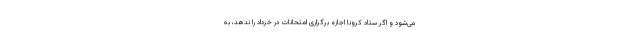
می‌شود و اگر ستاد کرونا اجازه برگزاری امتحانات در خرداد را ندهد، به